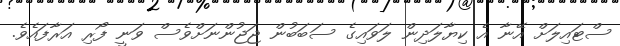
ސްޓައިލަށް އޭނާ އެ ކިޔާލަދިން ލަވައިގެ ސަބަބުން ޖަޖުންނަށްވެސް ވަނީ ފޯރި އަރާފައެވެ.